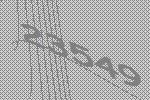
23549